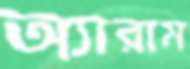
অ্যারাম